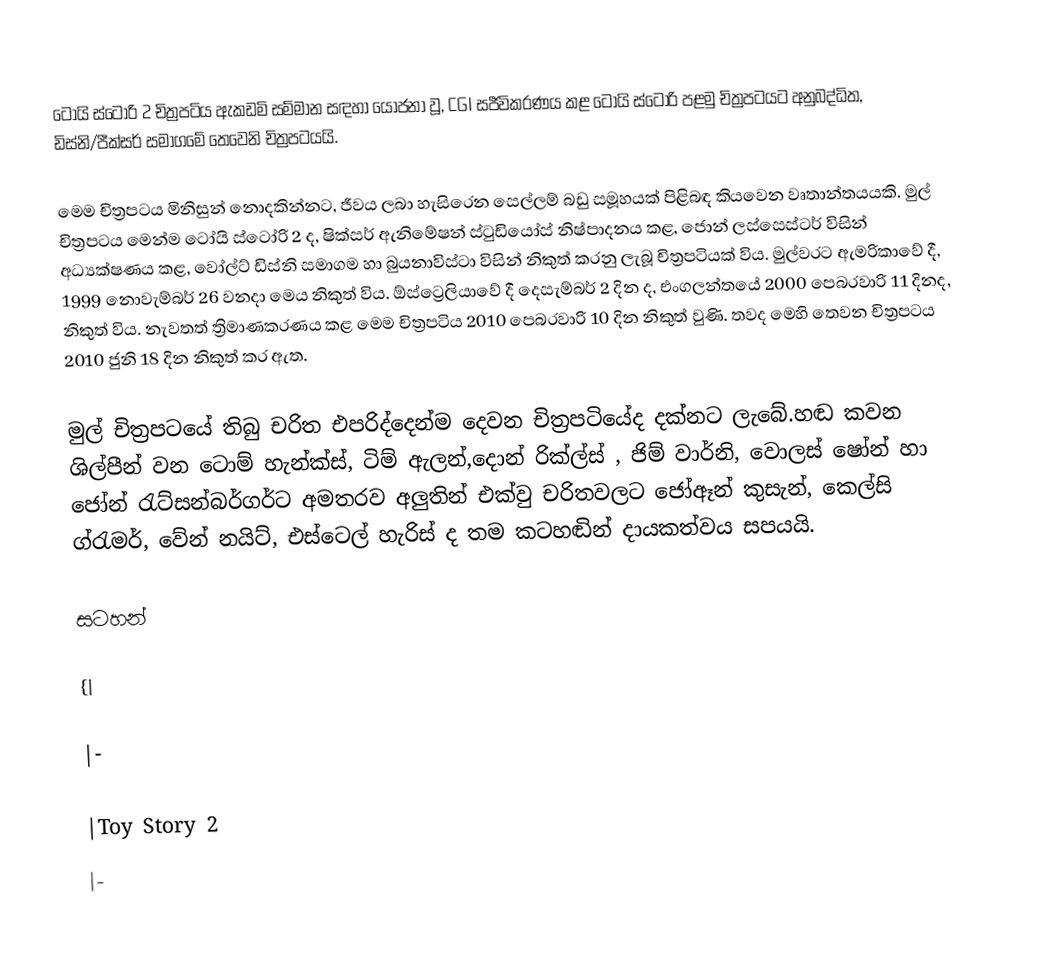
ටෝයි ස්ටෝරි 2 චිත්‍රපටිය ඇකඩමි සම්මාන සඳහා යොජනා වූ, CGI සජීවිකරණය කළ ටෝයි ස්ටෝරි පළමු චිත්‍රපටයට අනුබද්ධිත, ඩිස්නි/පීක්සර් සමාගමේ තෙවෙනි චිත්‍රපටයයි.

මෙම චිත්‍රපටය මිනිසුන් නොදකින්නට, ජීවය ලබා හැසිරෙන සෙල්ලම් බඩු සමූහයක් පිළිබඳ කියවෙන වෘතාන්තයයකි. මුල් චිත්‍රපටය මෙන්ම ටෝයි ස්ටෝරි 2 ද,  ෂික්සර් ඇනිමේෂන්  ස්ටුඩියෝස් නිෂ්පාදනය කළ, ජොන් ලස්සෙස්ටර් විසින් අධ්‍යක්ෂණය කළ, වෝල්ට් ඩිස්නි  සමාගම හා බුයනාවිස්ටා  විසින් නිකුත් කරනු ලැබූ චිත්‍රපටියක් විය. මුල්වරට ඇමරිකාවේ දී, 1999 නොවැම්බර් 26 වනදා මෙය නිකුත් විය. ඕස්ට්‍රෙලියාවේ දී දෙසැම්බර් 2 දින ද, එංගලන්තයේ 2000 පෙබරවාරි 11 දිනද, නිකුත් විය. නැවතත් ත්‍රිමාණකරණය කළ මෙම චිත්‍රපටිය 2010 පෙබරවාරි 10 දින නිකුත් වුණි. තවද මෙහි තෙවන චිත්‍රපටය 2010 ජුනි 18 දින නිකුත් කර ඇත.

මුල් චිත්‍රපටයේ තිබු චරිත එපරිද්දෙන්ම දෙවන චිත්‍රපටියේද දක්නට ලැබේ.හඬ කවන ශිල්පීන් වන ටොම් හැන්ක්ස්, ටිම් ඇලන්,‍දොන් රික්ල්ස් , ජිම් වාර්නි, වොලස් ෂෝන් හා  ජෝන් රැට්සන්බර්ගර්ට අමතරව අලුතින් එක්වු චරිතවලට ජෝඈන් කුසැන්, කෙල්සි ග්රැමර්, වේන් නයිට්, එස්ටෙල් හැරිස් ද තම කටහඬින් දායකත්වය සපයයි.

සටහන්

{|

|-

|Toy Story 2
|-